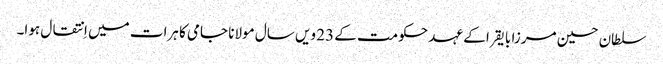
سلطان حسین مرزا بایقرا کے عہد حکومت کے 23 ویں سال مولانا جامی کا ہرات میں اِنتقال ہوا۔